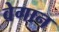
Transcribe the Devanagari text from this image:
वेगान